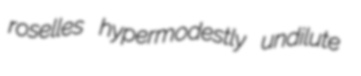
roselles hypermodestly undilute